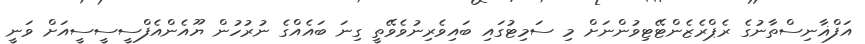
އަފްޣާނިސްތާނުގެ ރެޕްރެޒެންޓޭޓިވުންނަށް މި ސަމިޓުގައި ބައިވެރިނުވެވޭތީ ގިނަ ބައެއްގެ ނުރުހުން ޔޫއެންއެފްސީސީސީއަށް ވަނީ